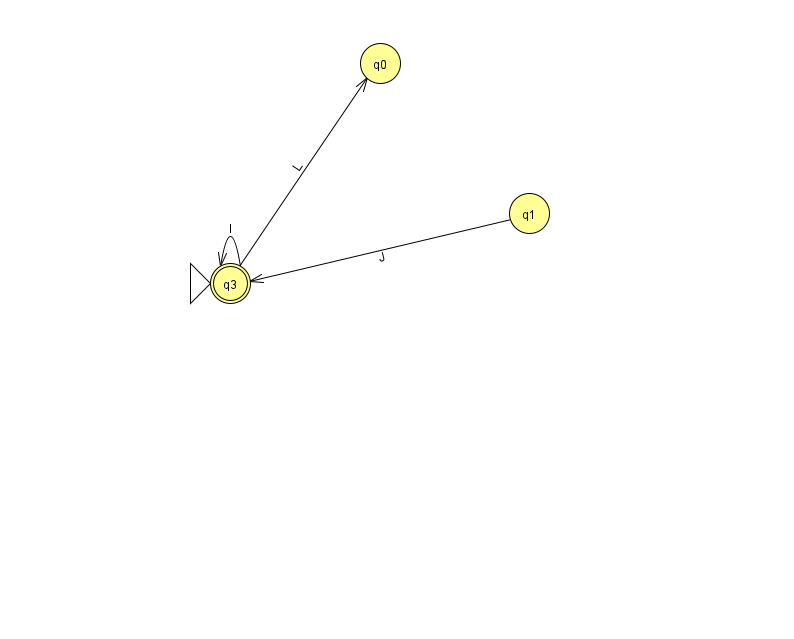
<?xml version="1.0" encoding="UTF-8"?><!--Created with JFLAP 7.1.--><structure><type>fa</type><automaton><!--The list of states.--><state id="0" name="q0"><x>380.0</x><y>50.0</y></state><state id="1" name="q1"><x>529.0</x><y>200.0</y></state><state id="3" name="q3"><x>230.0</x><y>270.0</y><initial/><final/></state><!--The list of transitions.--><transition><from>1</from><to>3</to><read>J</read></transition><transition><from>3</from><to>3</to><read>l</read></transition><transition><from>3</from><to>0</to><read>L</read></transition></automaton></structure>